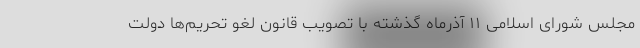
مجلس شورای اسلامی ۱۱ آذرماه گذشته با تصویب قانون لغو تحریم‌ها دولت